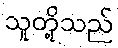
သူတို့သည်